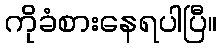
ကိုခံစားနေရပါပြီ။